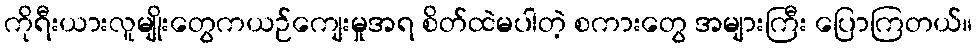
ကိုရီးယားလူမျိုးတွေကယဉ်ကျေးမှုအရ စိတ်ထဲမပါတဲ့ စကားတွေ အများကြီး ပြောကြတယ်။